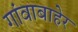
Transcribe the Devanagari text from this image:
गांवाबाहेर